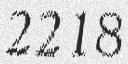
2218